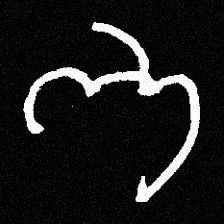
Pyu character \u2014 Myanmar letter: ဘ (romanized: bha)